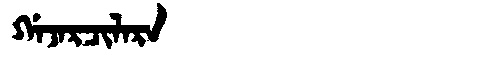
Manchu: ᡤᠠᠵᠠᡵᠴᡳᠯᠠᡵᠠ
Romanization: GAJARCILARA